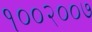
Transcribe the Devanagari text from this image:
१००२००७